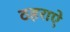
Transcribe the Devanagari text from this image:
ठहराऐ